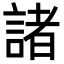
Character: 諸